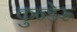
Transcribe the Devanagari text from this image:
कुन्डेरू